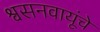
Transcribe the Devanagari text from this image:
श्वसनवायूंचे